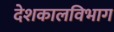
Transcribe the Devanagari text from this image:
देशकालविभाग